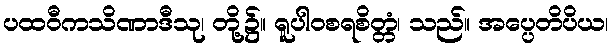
ပထဝီကသိဏာဒီသု၊ တို့၌။ ရူပါဝစရစိတ္တံ၊ သည်။ အပ္ပေတိပိယ၊